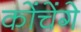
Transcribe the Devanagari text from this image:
कोंचेंगे